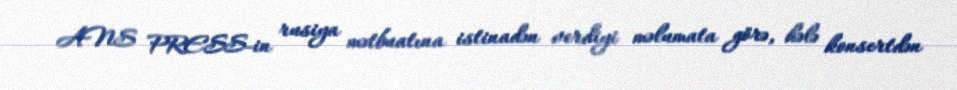
ANS PRESS-in rusiya mətbuatına istinadən verdiyi məlumata görə, hələ konsertdən